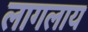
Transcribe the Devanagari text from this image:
लागलाय